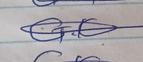
Signature authenticity: genuine